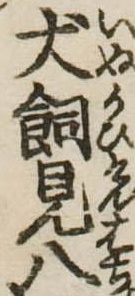
犬飼見八